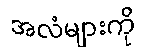
အလံများကို